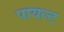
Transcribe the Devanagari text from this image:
पायल्ट